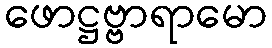
ဖောဋ္ဌဗ္ဗာရာမော